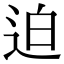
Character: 迫